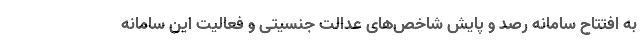
به افتتاح سامانه رصد و پایش شاخص‌های عدالت جنسیتی و فعالیت این سامانه